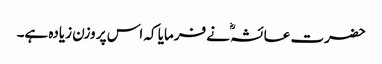
حضرت عائشہؓ نے فرمایا کہ اس پر وزن زیادہ ہے۔